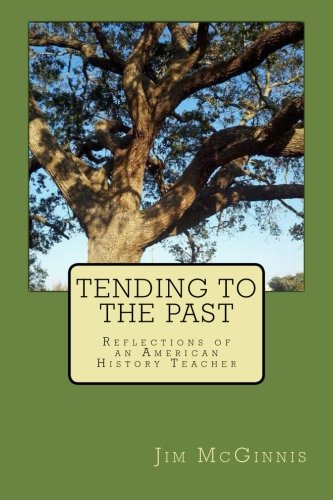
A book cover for Tending to the Past: Reflections of an American History Teacher; Jim McGinnis; Education & Teaching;